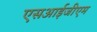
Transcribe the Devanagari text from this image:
एसआईजीएम